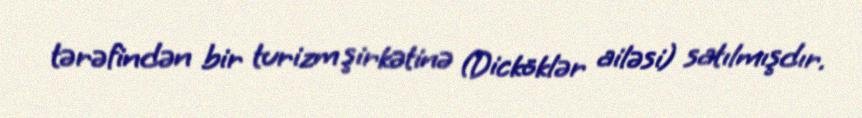
tərəfindən bir turizm şirkətinə (Dicköklər ailəsi) satılmışdır.